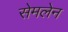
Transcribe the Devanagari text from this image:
सेमलेन